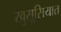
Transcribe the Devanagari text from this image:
खुसूसियात